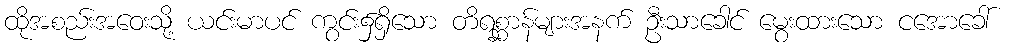
ထိုအစည်းအဝေးသို့ ယင်းမာပင် ကွင်း၌ရှိသော တိရစ္ဆာန်များအနက် ဦးသာခေါင် မွေးထားသော ငအောခေါ်